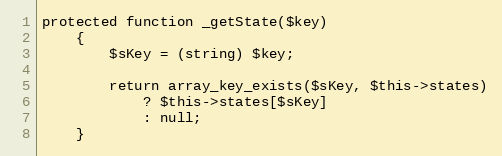
Language: PHP
protected function _getState($key)
    {
        $sKey = (string) $key;

        return array_key_exists($sKey, $this->states)
            ? $this->states[$sKey]
            : null;
    }